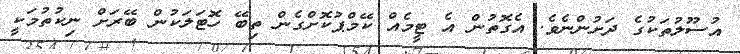
އުސޫލުތަކުގެ ދަށުންނެވެ. އެގޮތުން އެ ޓީމެއް ކޭމްޕުކޮށްގެން ތިބޭ ހޮޓަލަކުން ބޭރަށް ނިކުތުމަކީ